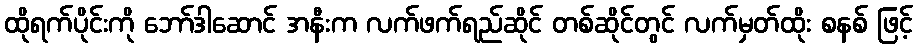
ထိုရက်ပိုင်းကို ဘော်ဒါဆောင် အနီးက လက်ဖက်ရည်ဆိုင် တစ်ဆိုင်တွင် လက်မှတ်ထိုး စနစ် ဖြင့်